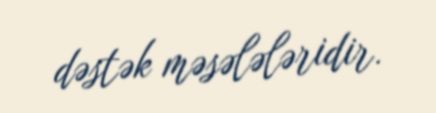
dəstək məsələləridir.